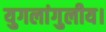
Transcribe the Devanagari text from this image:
युगलांगुलीय।